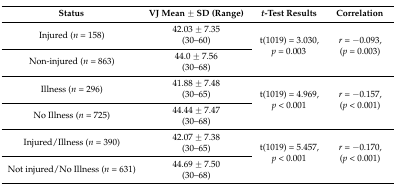
| Status | VJ Mean ± SD (Range) | t-Test Results | Correlation |
 | --- | --- | --- | --- |
 | <ROWSPAN=2> Injured (n= 158) | 42.03 ± 7.35 | <ROWSPAN=4> t(1019) = 3.030, p = 0.003 | <ROWSPAN=4> r= −0.093, (p = 0.003) |
 | (30–60) |
 | <ROWSPAN=2> Non-injured (n= 863) | 44.0 ± 7.56 |
 | (30–68) |
 | <ROWSPAN=2> Illness (n= 296) | 41.88 ± 7.48 | <ROWSPAN=4> t(1019) = 4.969, p< 0.001 | <ROWSPAN=4> r= −0.157, (p< 0.001) |
 | (30–65) |
 | <ROWSPAN=2> No Illness (n= 725) | 44.44 ± 7.47 |
 | (30–68) |
 | <ROWSPAN=2> Injured/Illness (n= 390) | 42.07 ± 7.38 | <ROWSPAN=4> t(1019) = 5.457, p< 0.001 | <ROWSPAN=4> r= −0.170, (p< 0.001) |
 | (30–65) |
 | <ROWSPAN=2> Not injured/No Illness (n= 631) | 44.69 ± 7.50 |
 | (30–68) |